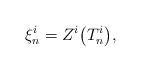
LaTeX: \begin{align*} \xi^i_n=Z^i\bigl(T^i_n\bigr),\end{align*}